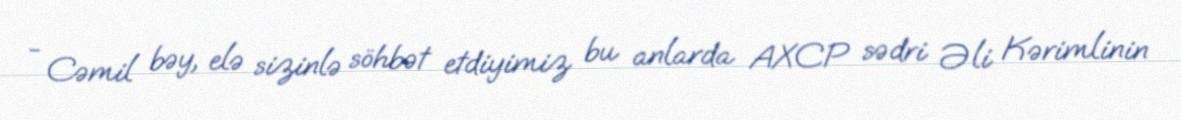
- Cəmil bəy, elə sizinlə söhbət etdiyimiz bu anlarda AXCP sədri Əli Kərimlinin